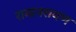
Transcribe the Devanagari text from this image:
रामानरायण